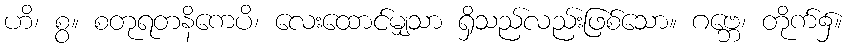
ဟိ၊ စွ။ စတုရတနိကေပိ၊ လေးထောင်မျှသာ ရှိသည်လည်းဖြစ်သော။ ဂဗ္ဘေ၊ တိုက်၌။